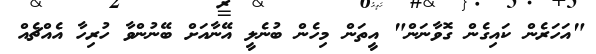
"އަހަރެން ކައިގެން ގޮވާނަން" އީތަން މިހެން ބުނެލީ އޭނާއަށް ބޭނުންވާ ހުރިހާ އެއްޗެއް